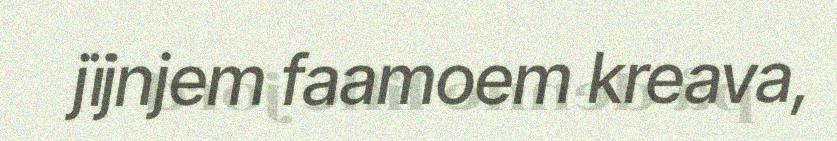
jïjnjem faamoem kreava,